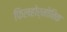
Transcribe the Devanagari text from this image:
फिलहोर्मोनिक